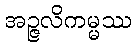
အဉ္ဇလိကမ္မဿ